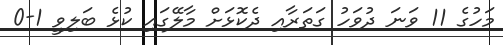
މަހުގެ 11 ވަނަ ދުވަހު ގަތަރާއި ދެކޮޅަށް މާލޭގައި ކުޅެ ބަލިވީ 1-0